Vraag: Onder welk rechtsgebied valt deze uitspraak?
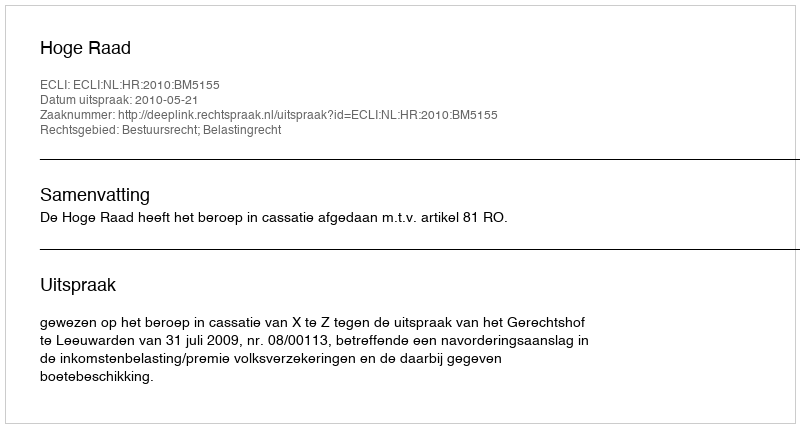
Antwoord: Bestuursrecht; Belastingrecht